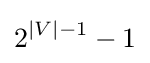
2^{|V|-1}-1